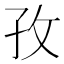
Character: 孜